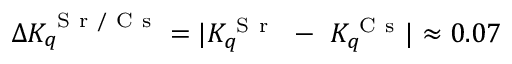
\Delta K _ { q } ^ { \mathrm { ~ S ~ r ~ / ~ C ~ s ~ } } = | K _ { q } ^ { \mathrm { ~ S ~ r ~ } } ~ - ~ K _ { q } ^ { \mathrm { ~ C ~ s ~ } } | \approx 0 . 0 7